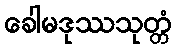
ခေါမဒုဿသုတ္တံ